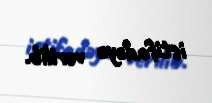
istifadəyə verilib.